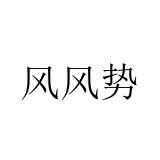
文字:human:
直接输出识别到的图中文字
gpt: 风风势